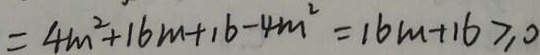
= 4 m ^ { 2 } + 1 6 m + 1 6 - 4 m ^ { 2 } = 1 6 m + 1 6 \geq 0